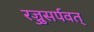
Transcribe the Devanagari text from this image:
रज्जुसर्पवत्